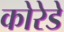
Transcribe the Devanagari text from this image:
कोरेडे